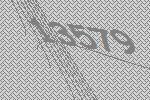
13579